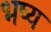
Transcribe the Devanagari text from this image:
भष्य